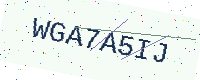
Text: WGA7A5IJ